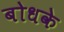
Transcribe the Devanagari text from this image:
बोधके